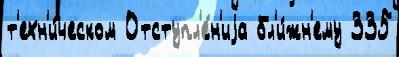
т'ехн'и́ческом Отступл'е́н'иjа бл'и́жн'ему 335